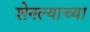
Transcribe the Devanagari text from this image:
शेनल्याच्या